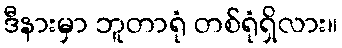
ဒီနားမှာ ဘူတာရုံ တစ်ရုံရှိလား။